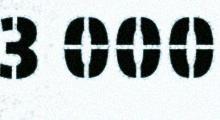
3 000